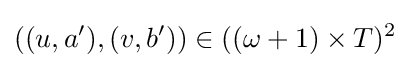
((u,a'),(v,b'))\in ((\omega +1)\times T)^{2}